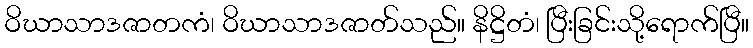
ဝိဃာသာဒဇာတကံ၊ ဝိဃာသာဒဇာတ်သည်။ နိဋ္ဌိတံ၊ ပြီးခြင်းသို့ရောက်ပြီ။